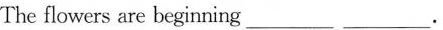
The flowers are beginning___ ___.